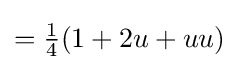
={\tfrac {1}{4}}(1+2u+uu)